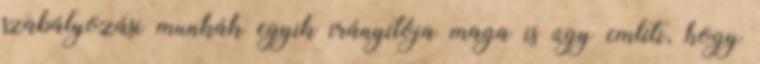
szabályozási munkák egyik irányítója maga is úgy említi, hogy